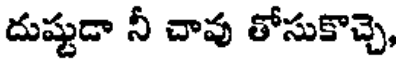
దుష్టుడా నీ చావు తోసుకొచ్చె,